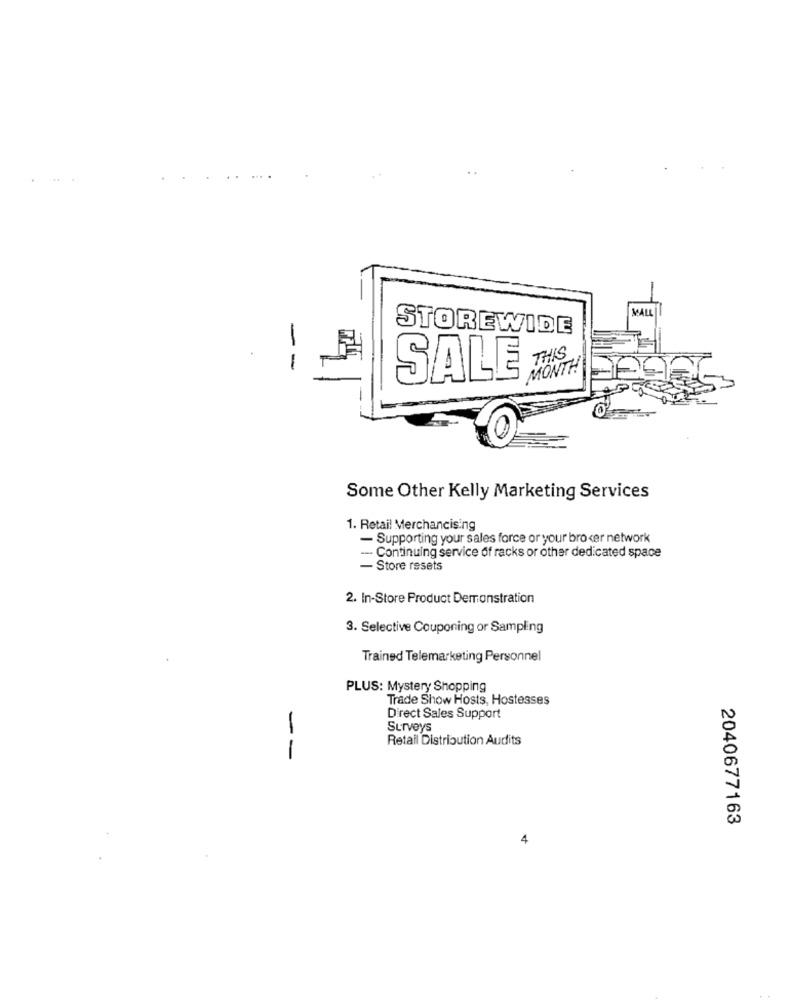
STOREWIDE
-
THIS
-
MONTH
SALE
Some Other Kelly Marketing Services
1. Retail Merchancising
- Supporting your sales force or your broker network
-- Continuing service of racks or other dedicated space
- Store resets
2. In-Store Product Demonstration
3. Selective Couponing or Sampling
Trained Telemarketing Personnel
PLUS: Mystery Shopping
Trade Show Hosts, Hostesses
Direct Sales Support
Surveys
Retail Distribution Audits
--
2040677163
4